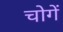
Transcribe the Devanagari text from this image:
चोगें